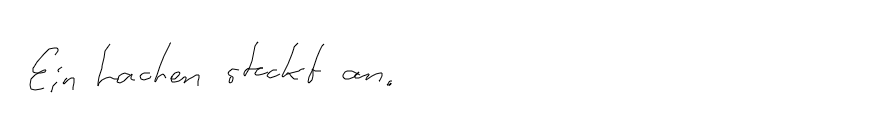
Ein Lachen steckt an.